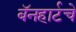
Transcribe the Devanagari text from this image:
बॅनहार्टचे